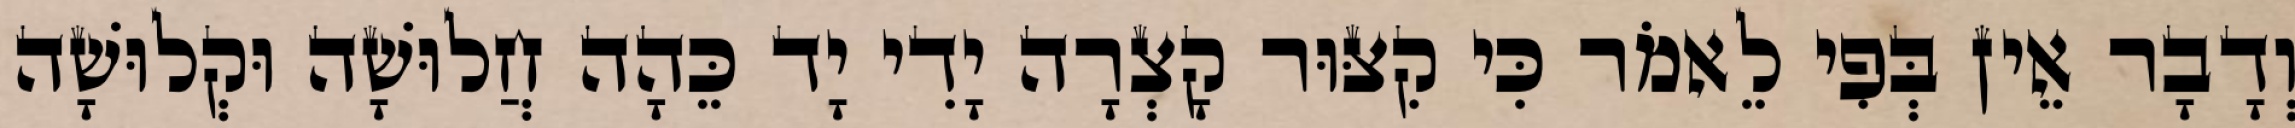
וְדָבָר אֵין בְּפִי לֵאמֹר כִּי קִצּוּר קָצְרָה יָדִי יָד כֵּהָה חֲלוּשָׁה וּקְלוּשָׁה